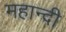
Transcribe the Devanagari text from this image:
महान्दी